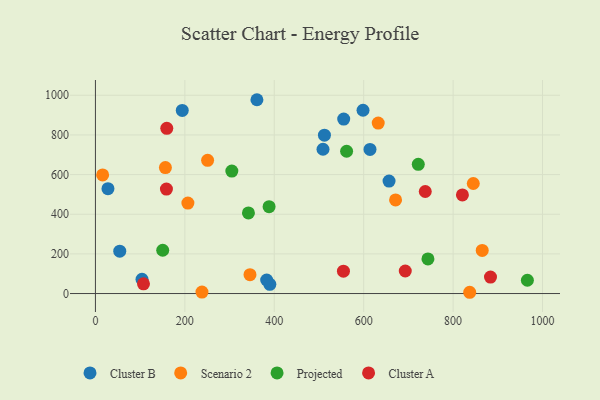
{"axis": {"x": "Price", "y": "Profit"}, "legend": ["Cluster A", "Cluster B", "Projected", "Scenario 2"], "data": [{"x": "390.1", "y": 46.6, "type": "Cluster B"}, {"x": "656.7", "y": 567.1, "type": "Cluster B"}, {"x": "555.3", "y": 880.1, "type": "Cluster B"}, {"x": "512.2", "y": 798.6, "type": "Cluster B"}, {"x": "28.0", "y": 529.0, "type": "Cluster B"}, {"x": "54.4", "y": 213.8, "type": "Cluster B"}, {"x": "614.1", "y": 726.7, "type": "Cluster B"}, {"x": "598.5", "y": 924.6, "type": "Cluster B"}, {"x": "383.0", "y": 68.2, "type": "Cluster B"}, {"x": "509.0", "y": 727.7, "type": "Cluster B"}, {"x": "361.2", "y": 977.6, "type": "Cluster B"}, {"x": "104.2", "y": 72.2, "type": "Cluster B"}, {"x": "194.2", "y": 923.5, "type": "Cluster B"}, {"x": "206.8", "y": 456.2, "type": "Scenario 2"}, {"x": "845.1", "y": 555.0, "type": "Scenario 2"}, {"x": "632.5", "y": 860.0, "type": "Scenario 2"}, {"x": "16.1", "y": 598.4, "type": "Scenario 2"}, {"x": "837.1", "y": 6.4, "type": "Scenario 2"}, {"x": "250.9", "y": 671.7, "type": "Scenario 2"}, {"x": "671.3", "y": 472.0, "type": "Scenario 2"}, {"x": "345.7", "y": 95.3, "type": "Scenario 2"}, {"x": "865.1", "y": 217.7, "type": "Scenario 2"}, {"x": "238.3", "y": 7.4, "type": "Scenario 2"}, {"x": "156.5", "y": 635.2, "type": "Scenario 2"}, {"x": "966.1", "y": 67.1, "type": "Projected"}, {"x": "722.1", "y": 651.9, "type": "Projected"}, {"x": "150.5", "y": 218.3, "type": "Projected"}, {"x": "561.8", "y": 717.8, "type": "Projected"}, {"x": "388.4", "y": 438.3, "type": "Projected"}, {"x": "342.2", "y": 406.5, "type": "Projected"}, {"x": "305.1", "y": 617.5, "type": "Projected"}, {"x": "743.7", "y": 174.6, "type": "Projected"}, {"x": "737.7", "y": 514.6, "type": "Cluster A"}, {"x": "159.6", "y": 833.3, "type": "Cluster A"}, {"x": "158.8", "y": 527.1, "type": "Cluster A"}, {"x": "693.0", "y": 113.8, "type": "Cluster A"}, {"x": "107.5", "y": 49.2, "type": "Cluster A"}, {"x": "820.8", "y": 497.4, "type": "Cluster A"}, {"x": "554.7", "y": 113.0, "type": "Cluster A"}, {"x": "883.6", "y": 83.3, "type": "Cluster A"}]}